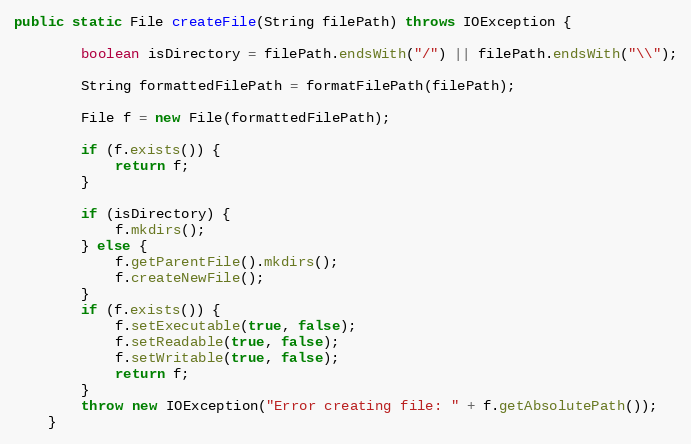
Language: Java
public static File createFile(String filePath) throws IOException {

        boolean isDirectory = filePath.endsWith("/") || filePath.endsWith("\\");

        String formattedFilePath = formatFilePath(filePath);

        File f = new File(formattedFilePath);

        if (f.exists()) {
            return f;
        }

        if (isDirectory) {
            f.mkdirs();
        } else {
            f.getParentFile().mkdirs();
            f.createNewFile();
        }
        if (f.exists()) {
            f.setExecutable(true, false);
            f.setReadable(true, false);
            f.setWritable(true, false);
            return f;
        }
        throw new IOException("Error creating file: " + f.getAbsolutePath());
    }